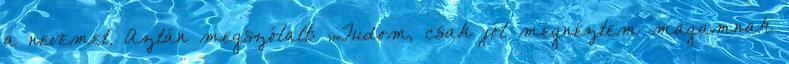
a nevemet. Aztán megszólalt: „Tudom, csak jól megnéztem magamnak